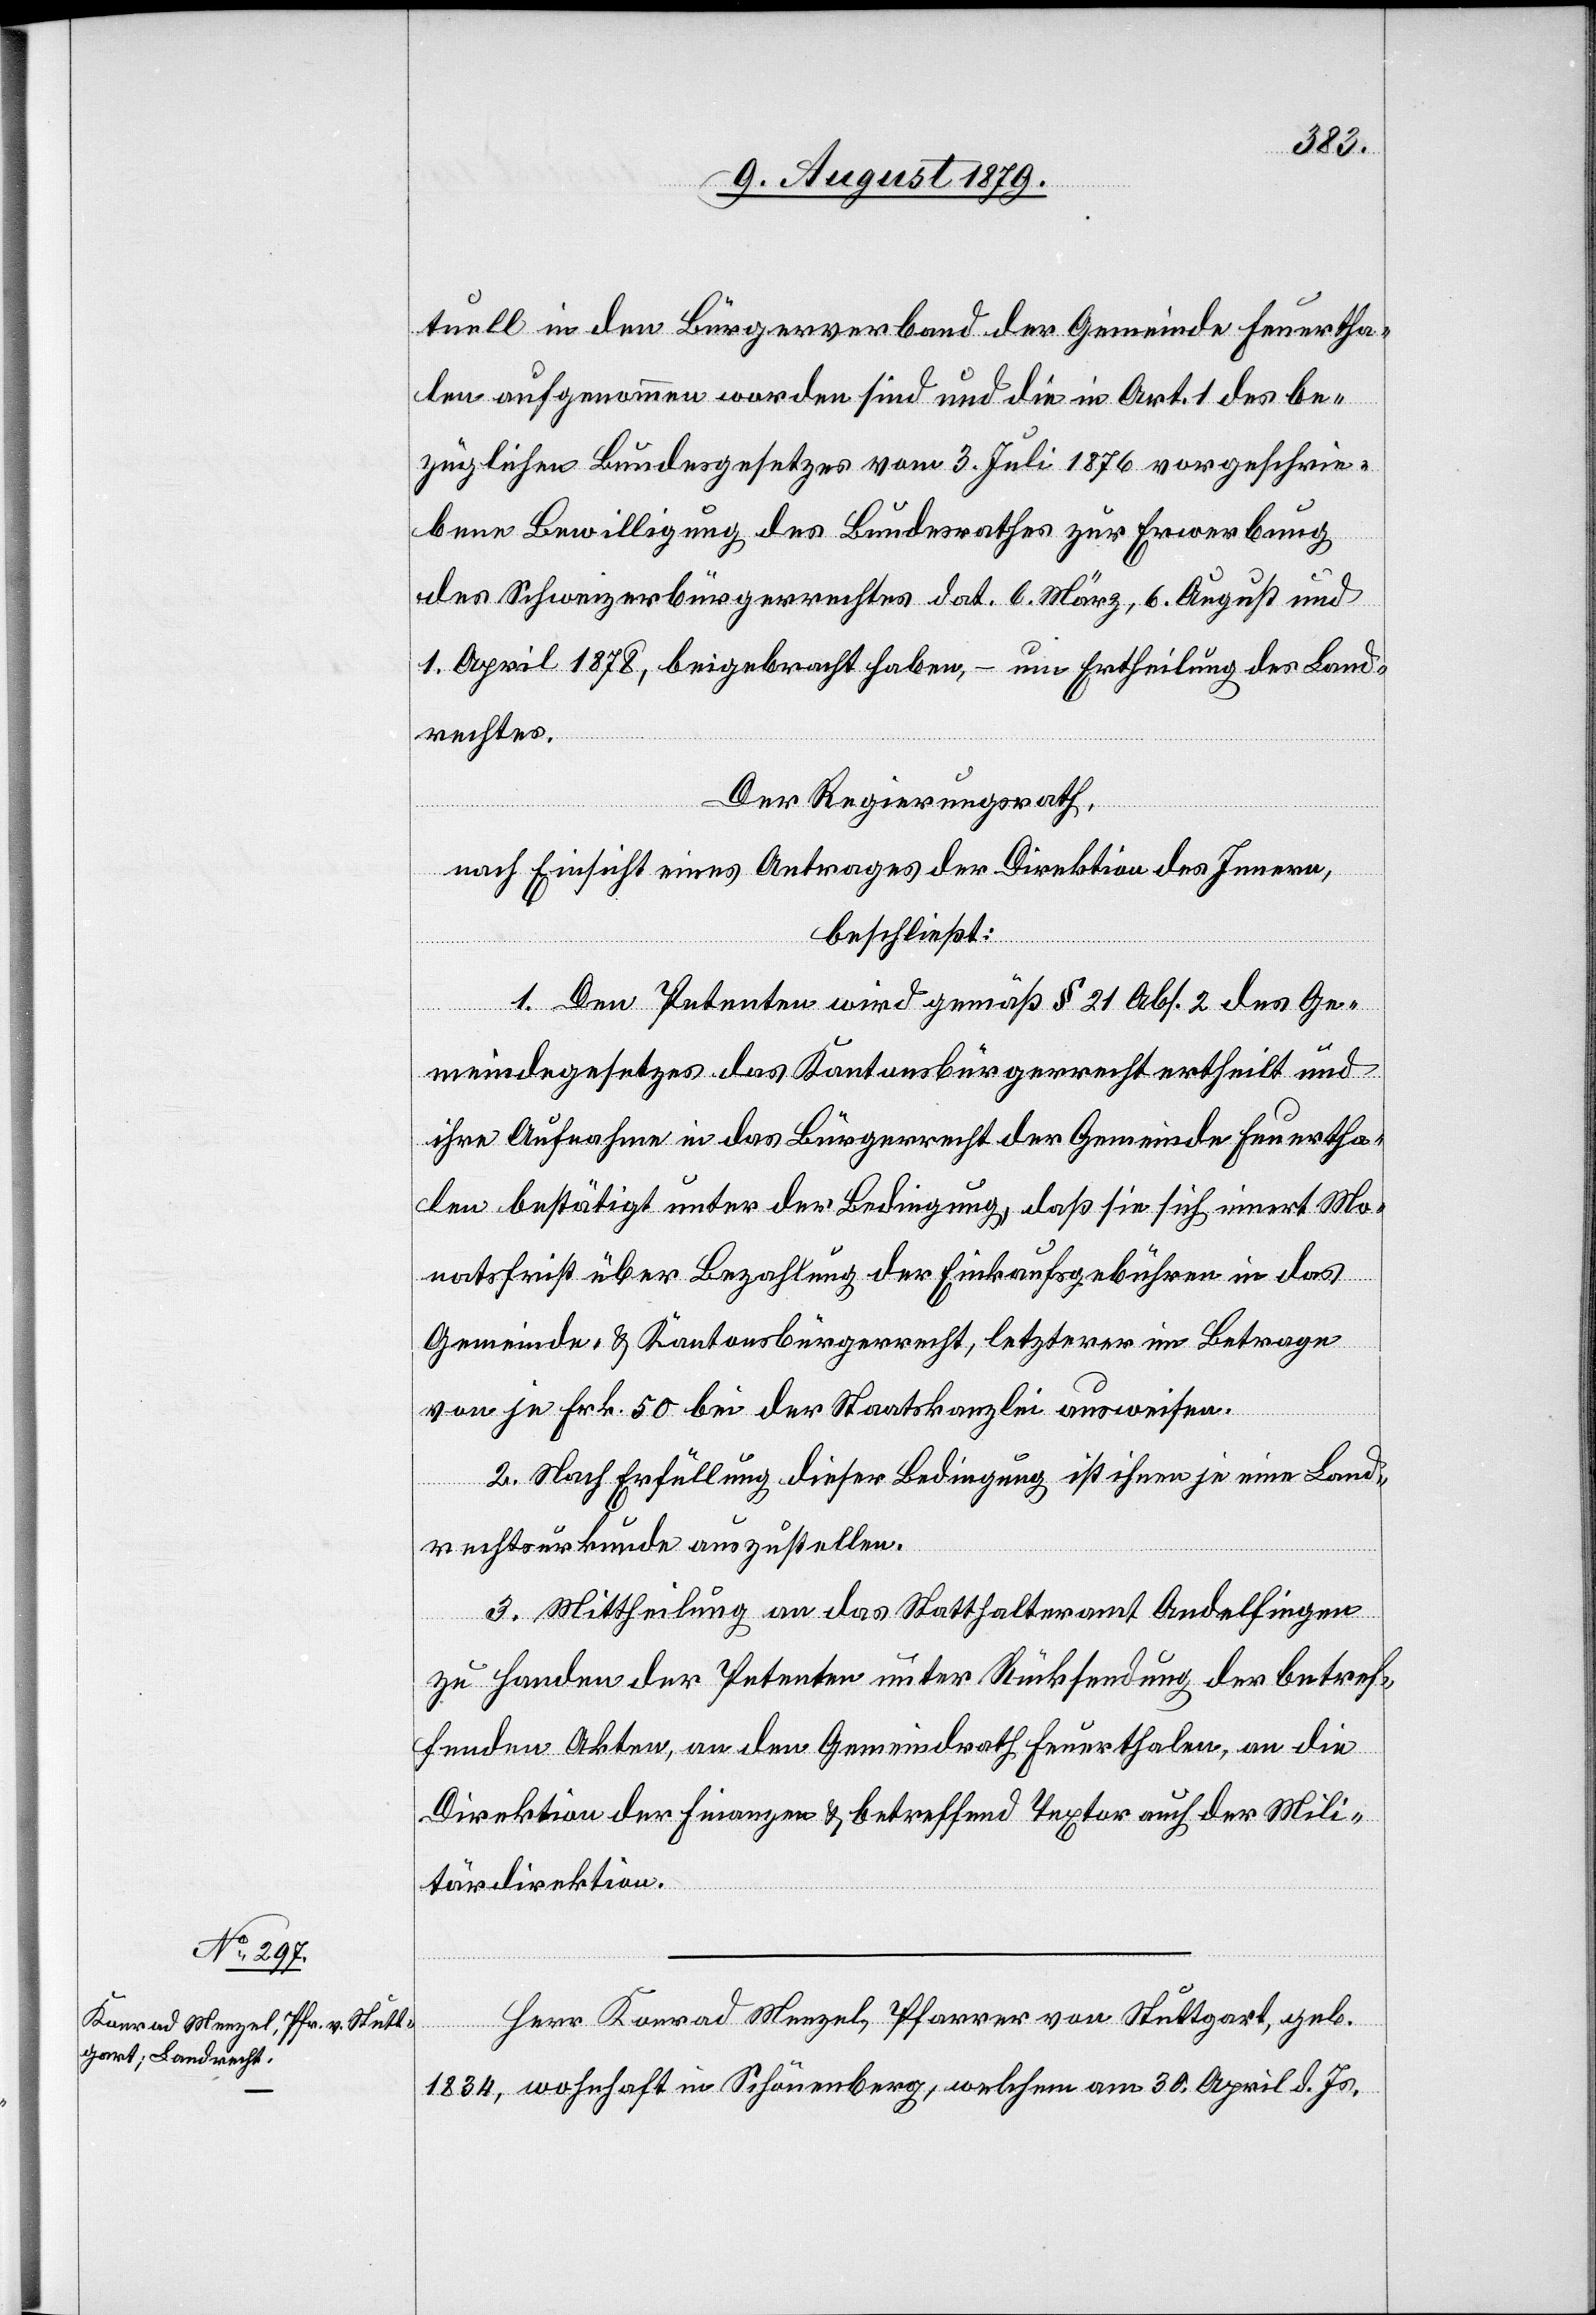
tuell in den Bürgerverband der Gemeinde Feuertha¬
len aufgenommen worden sind und die in Art. 1 des be¬
züglichen Bundesgesetzes vom 3. Juli 1876 vorgeschrie¬
bene Bewilligung des Bundesrathes zur Erwerbung
des Schweizerbürgerrechtes dat. 6. März, 6. August und
1. April 1878, beigebracht haben, – um Ertheilung des Land¬
rechtes.
Der Regierungsrath,
nach Einsicht eines Antrages der Direktion des Innern,
beschließt:
1. Den Petenten wird gemäß § 21 Abs. 2 des Ge¬
meindegesetzes das Kantonsbürgerrecht ertheilt und
ihre Aufnahme in das Bürgerrecht der Gemeinde Feuertha¬
len bestätigt unter der Bedingung, daß sie sich innert Mo¬
natsfrist über Bezahlung der Einkaufsgebühren in das
Gemeinde- & Kantonsbürgerrecht, letzterer im Betrage
von je Frk. 50 bei der Staatskanzlei ausweise.
2. Nach Erfüllung dieser Bedingung ist ihnen je eine Land¬
rechtskurkunde auszustellen.
3. Mittheilung an das Statthalteramt Andelfingen
zu Handen der Petenten unter Rücksendung der betref¬
fenden Akten, an den Gemeindrath Feuerthalen, an die
Direktion der Finanzen & 	betreffend Textor auch der Mili¬
tärdirektion.
Herr Konrad Menzel, Pfarrer von Stuttgart, geb.
1834, wohnhaft in Schönenberg, welchem am 30. April d. Js.